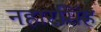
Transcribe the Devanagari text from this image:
नहारसिंह